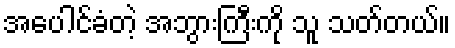
အပေါင်ခံတဲ့ အဘွားကြီးကို သူ သတ်တယ်။